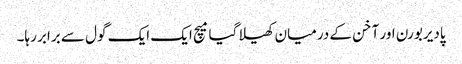
پادیربورن اور آخن کے درمیان کھیلا گیا میچ ایک ایک گول سے برابر رہا۔